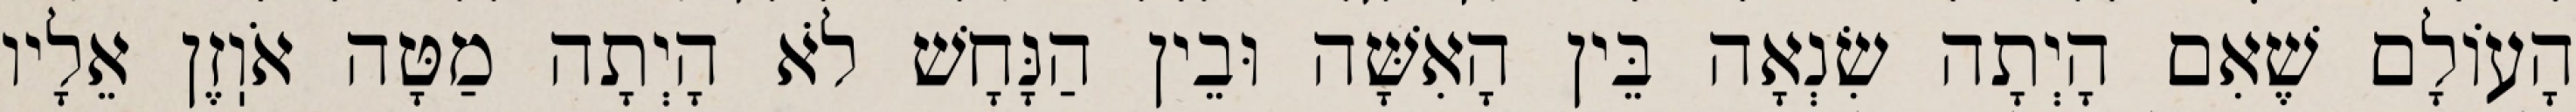
הָעוֹלָם שֶׁאִם הָיְתָה שִׂנְאָה בֵּין הָאִשָּׁה וּבֵין הַנָּחָשׁ לֹא הָיְתָה מַטָּה אֹוֽזֶן אֵלָיו